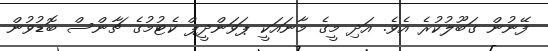
ފޭނުން ގަބޫލުކުރެ އެވެ. އަދި މީގެ މާނައަކީ ޕަވަންދީޕް ކެޓުމުގެ ޗާންސް ބޮޑުވުން